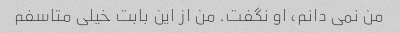
من نمی دانم، او نگفت. من از این بابت خیلی متاسفم